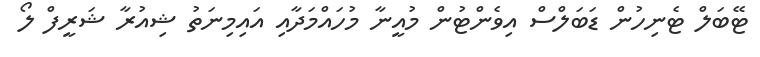
ޓޭބަލް ޓެނިހުން ޑަބަލްސް އިވެންޓުން މުއީނާ މުހައްމަދާއި އައިމިނަތު ޝިއުރާ ޝަރީފް ލޯ